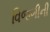
વિજળીની